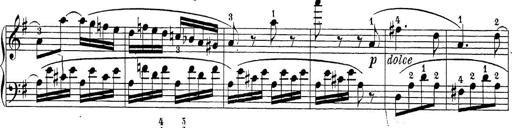
Title: Sonatina Album
Composer: Louis KÃ¶hler